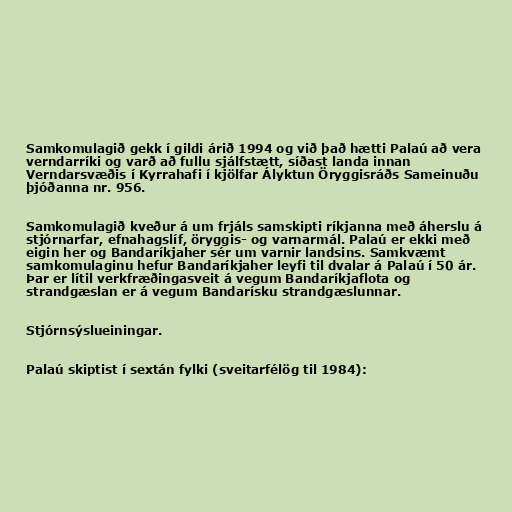
Samkomulagið gekk í gildi árið 1994 og við það hætti Palaú að vera
verndarríki og varð að fullu sjálfstætt, síðast landa innan
Verndarsvæðis í Kyrrahafi í kjölfar Ályktun Öryggisráðs Sameinuðu
þjóðanna nr. 956.

Samkomulagið kveður á um frjáls samskipti ríkjanna með áherslu á
stjórnarfar, efnahagslíf, öryggis- og varnarmál. Palaú er ekki með
eigin her og Bandaríkjaher sér um varnir landsins. Samkvæmt
samkomulaginu hefur Bandaríkjaher leyfi til dvalar á Palaú í 50 ár.
Þar er lítil verkfræðingasveit á vegum Bandaríkjaflota og
strandgæslan er á vegum Bandarísku strandgæslunnar.

Stjórnsýslueiningar.

Palaú skiptist í sextán fylki (sveitarfélög til 1984):